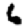
Digit: 6